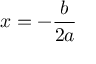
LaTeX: x = - { \frac { b } { 2 a } }